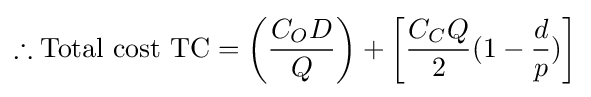
\therefore {\text{Total cost TC}}={\bigg (}{\frac {C_{O}D}{Q}}{\bigg )}+{\bigg [}{\frac {C_{C}Q}{2}}(1-{\frac {d}{p}}){\bigg ]}